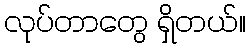
လုပ်တာတွေ ရှိတယ်။